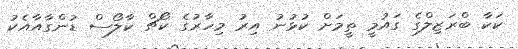
ކަކާ ބްރަޒިލްގެ ގައުމީ ތީމަށް ކުޅުނު އިރު މިހާރުގެ ކޯޗް ކާލޯސް ޑުންގާއާއެކު